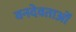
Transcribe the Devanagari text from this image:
वनदेवताओं